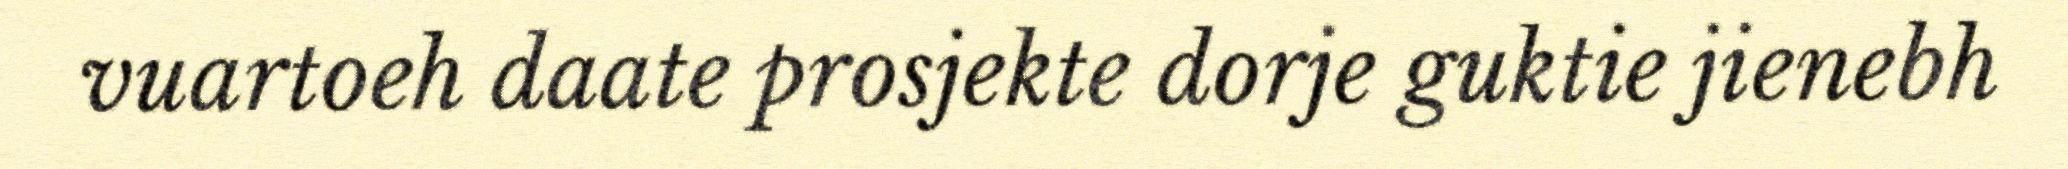
vuartoeh daate prosjekte dorje guktie jienebh